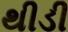
થીડી